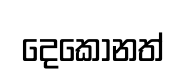
දෙකොනත්